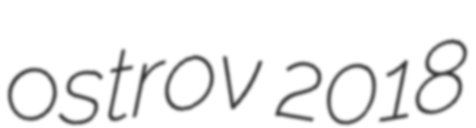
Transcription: ostrov 2018